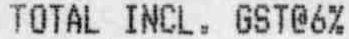
TOTAL INCL. GST@6%